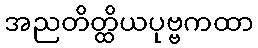
အညတိတ္ထိယပုဗ္ဗကထာ